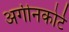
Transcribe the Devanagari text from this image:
अगीनकोर्ट